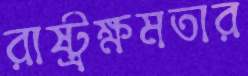
রাষ্ট্রক্ষমতার